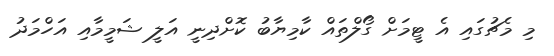
މި މެޗުގައި އެ ޓީމަށް ގޯލްތައް ކާމިޔާބު ކޮށްދިނީ އަލީ ޝަމީމާއި އަހްމަދު